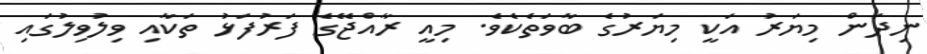
ނިދަން މިޔަރު އަކީ މިޔަރުގެ ބާވަތެކެވެ. މިއީ ރާއްޖޭގެ ފަރުފަޅު ތަކާއި ވިލުވިލުގައި